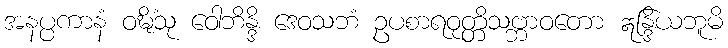
အနပ္ပကာနံ ဝဍ္ဎိံသု ဝေါဘိန္ဒိ ဒေဝသဘံ ဥပစာရဝုတ္တိသဗ္ဘာဝတော ဣန္ဒြိယဘူမိ